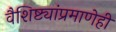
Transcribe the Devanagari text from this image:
वैशिष्ट्यांप्रमाणेही